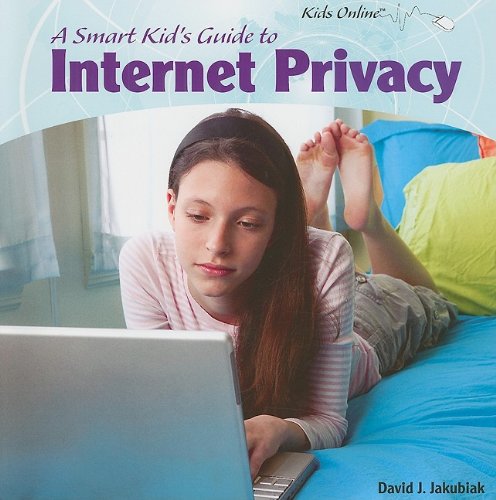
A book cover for A Smart Kid's Guide to Internet Privacy (Kids Online); David J. Jakubiak; Children's Books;